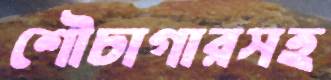
শৌচাগারসহ